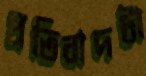
প্রতিবাদটা